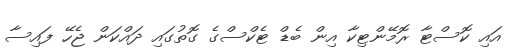
އައި ކޮސްޓާ ރޮމޭންޓިކާ އިން ބެޑް ޓެކްސްގެ ގޮތުގައި ދައްކަން ޖެހޭ ފައިސާ